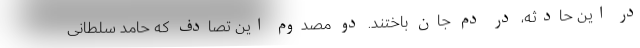
در این حادثه، در دم جان باختند. دو مصدوم این تصادف که حامد سلطانی